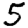
Digit: 5